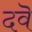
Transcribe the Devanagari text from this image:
दवॆ